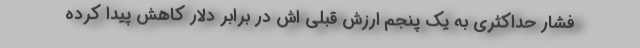
فشار حداکثری به یک پنجم ارزش قبلی اش در برابر دلار کاهش پیدا کرده